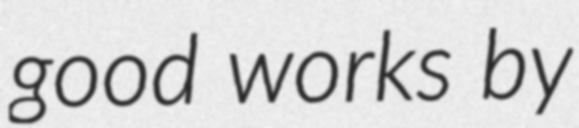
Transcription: good works by